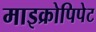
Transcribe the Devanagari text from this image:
माइक्रोपिपेट